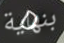
بنهاية